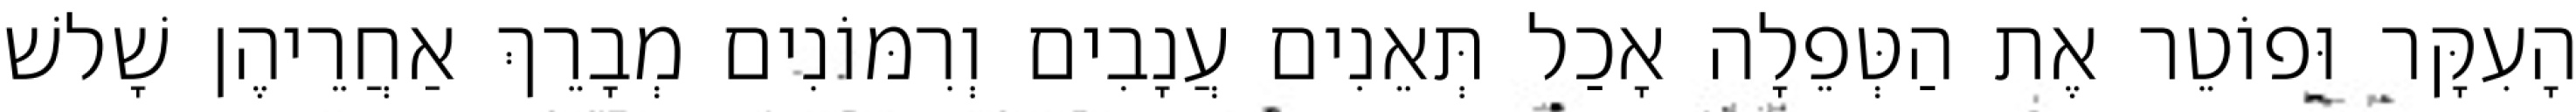
הָעִקָּר וּפוֹטֵר אֶת הַטְּפֵלָה אָכַל תְּאֵנִים עֲנָבִים וְרִמּוֹנִים מְבָרֵךְ אַחֲרֵיהֶן שָׁלשׁ